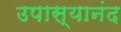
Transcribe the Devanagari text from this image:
उपास्यानंद